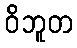
ဝိဘူတ